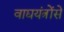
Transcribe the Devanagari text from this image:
वाद्ययंत्रोंसे